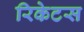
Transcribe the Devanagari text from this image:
रिकेटस